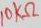
Text: 10KΩ